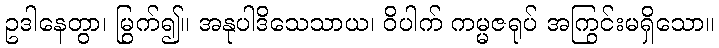
ဥဒါနေတွာ၊ မြွက်၍။ အနုပါဒိသေသာယ၊ ဝိပါက် ကမ္မဇရုပ် အကြွင်းမရှိသော။